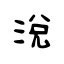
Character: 涗